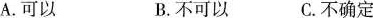
A.可以 B.不可以 C.不确定